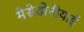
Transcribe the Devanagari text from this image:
मेसेडोनीयाई